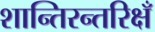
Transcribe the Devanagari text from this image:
शान्तिरन्तरिक्षँ